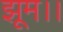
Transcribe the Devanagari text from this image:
झूम।।